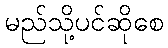
မည်သို့ပင်ဆိုစေ